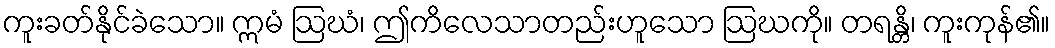
ကူးခတ်နိုင်ခဲသော။ ဣမံ ဩဃံ၊ ဤကိလေသာတည်းဟူသော ဩဃကို။ တရန္တိ၊ ကူးကုန်၏။